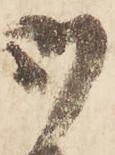
御